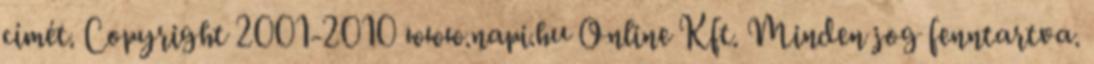
címét. Copyright 2001-2010 www.napi.hu Online Kft. Minden jog fenntartva.